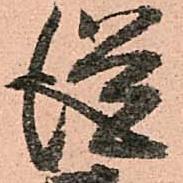
従